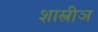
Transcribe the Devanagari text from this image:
शास्त्रीञ